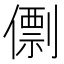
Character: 𠎼